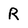
Character: R